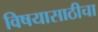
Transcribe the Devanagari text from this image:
विषयासाठीचा